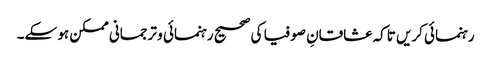
رہنمائی کریں تاکہ عشاقانِ صوفیا کی صحیح رہنمائی و ترجمانی ممکن ہو سکے۔